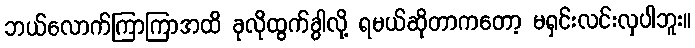
ဘယ်လောက်ကြာကြာအထိ ခုလိုထွက်ခွါလို့ ရမယ်ဆိုတာကတော့ မရှင်းလင်းလှပါဘူး။